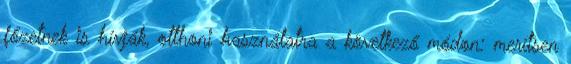
főzetnek is hívják, otthoni használatra a következő módon: merítsen